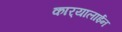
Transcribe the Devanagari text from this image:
कार्‍यालाईन